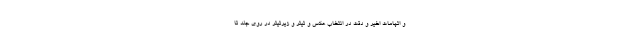
و اتهامات اخیر و دقت در انتخاب عکس و تیتر و زیرتیتر در روی جلد تا